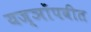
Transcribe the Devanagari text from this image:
यज्ञोंपवीत